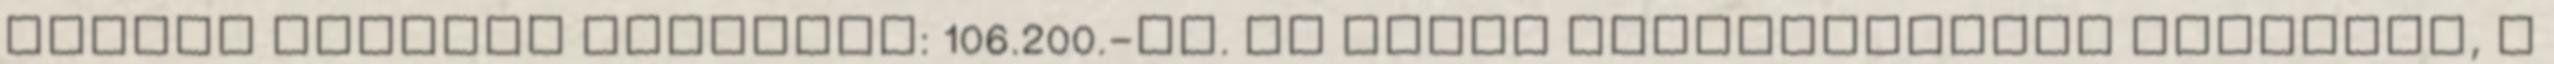
termék eredeti vételára: 106.200.-Ft. Az akció visszavonásig érvényes, a